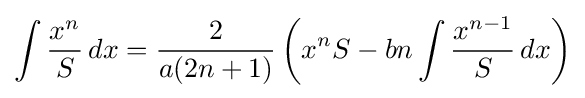
\int {\frac {x^{n}}{S}}\,dx={\frac {2}{a(2n+1)}}\left(x^{n}S-bn\int {\frac {x^{n-1}}{S}}\,dx\right)